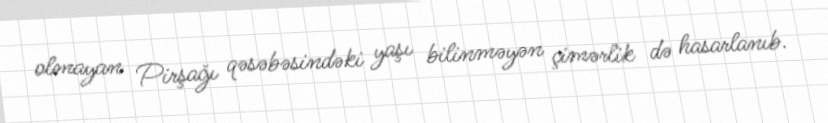
olmayan Pirşağı qəsəbəsindəki yaşı bilinməyən çimərlik də hasarlanıb.